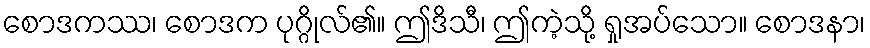
စောဒကဿ၊ စောဒက ပုဂ္ဂိုလ်၏။ ဤဒိသီ၊ ဤကဲ့သို့ ရှုအပ်သော။ စောဒနာ၊